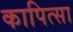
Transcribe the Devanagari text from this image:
कापित्सा